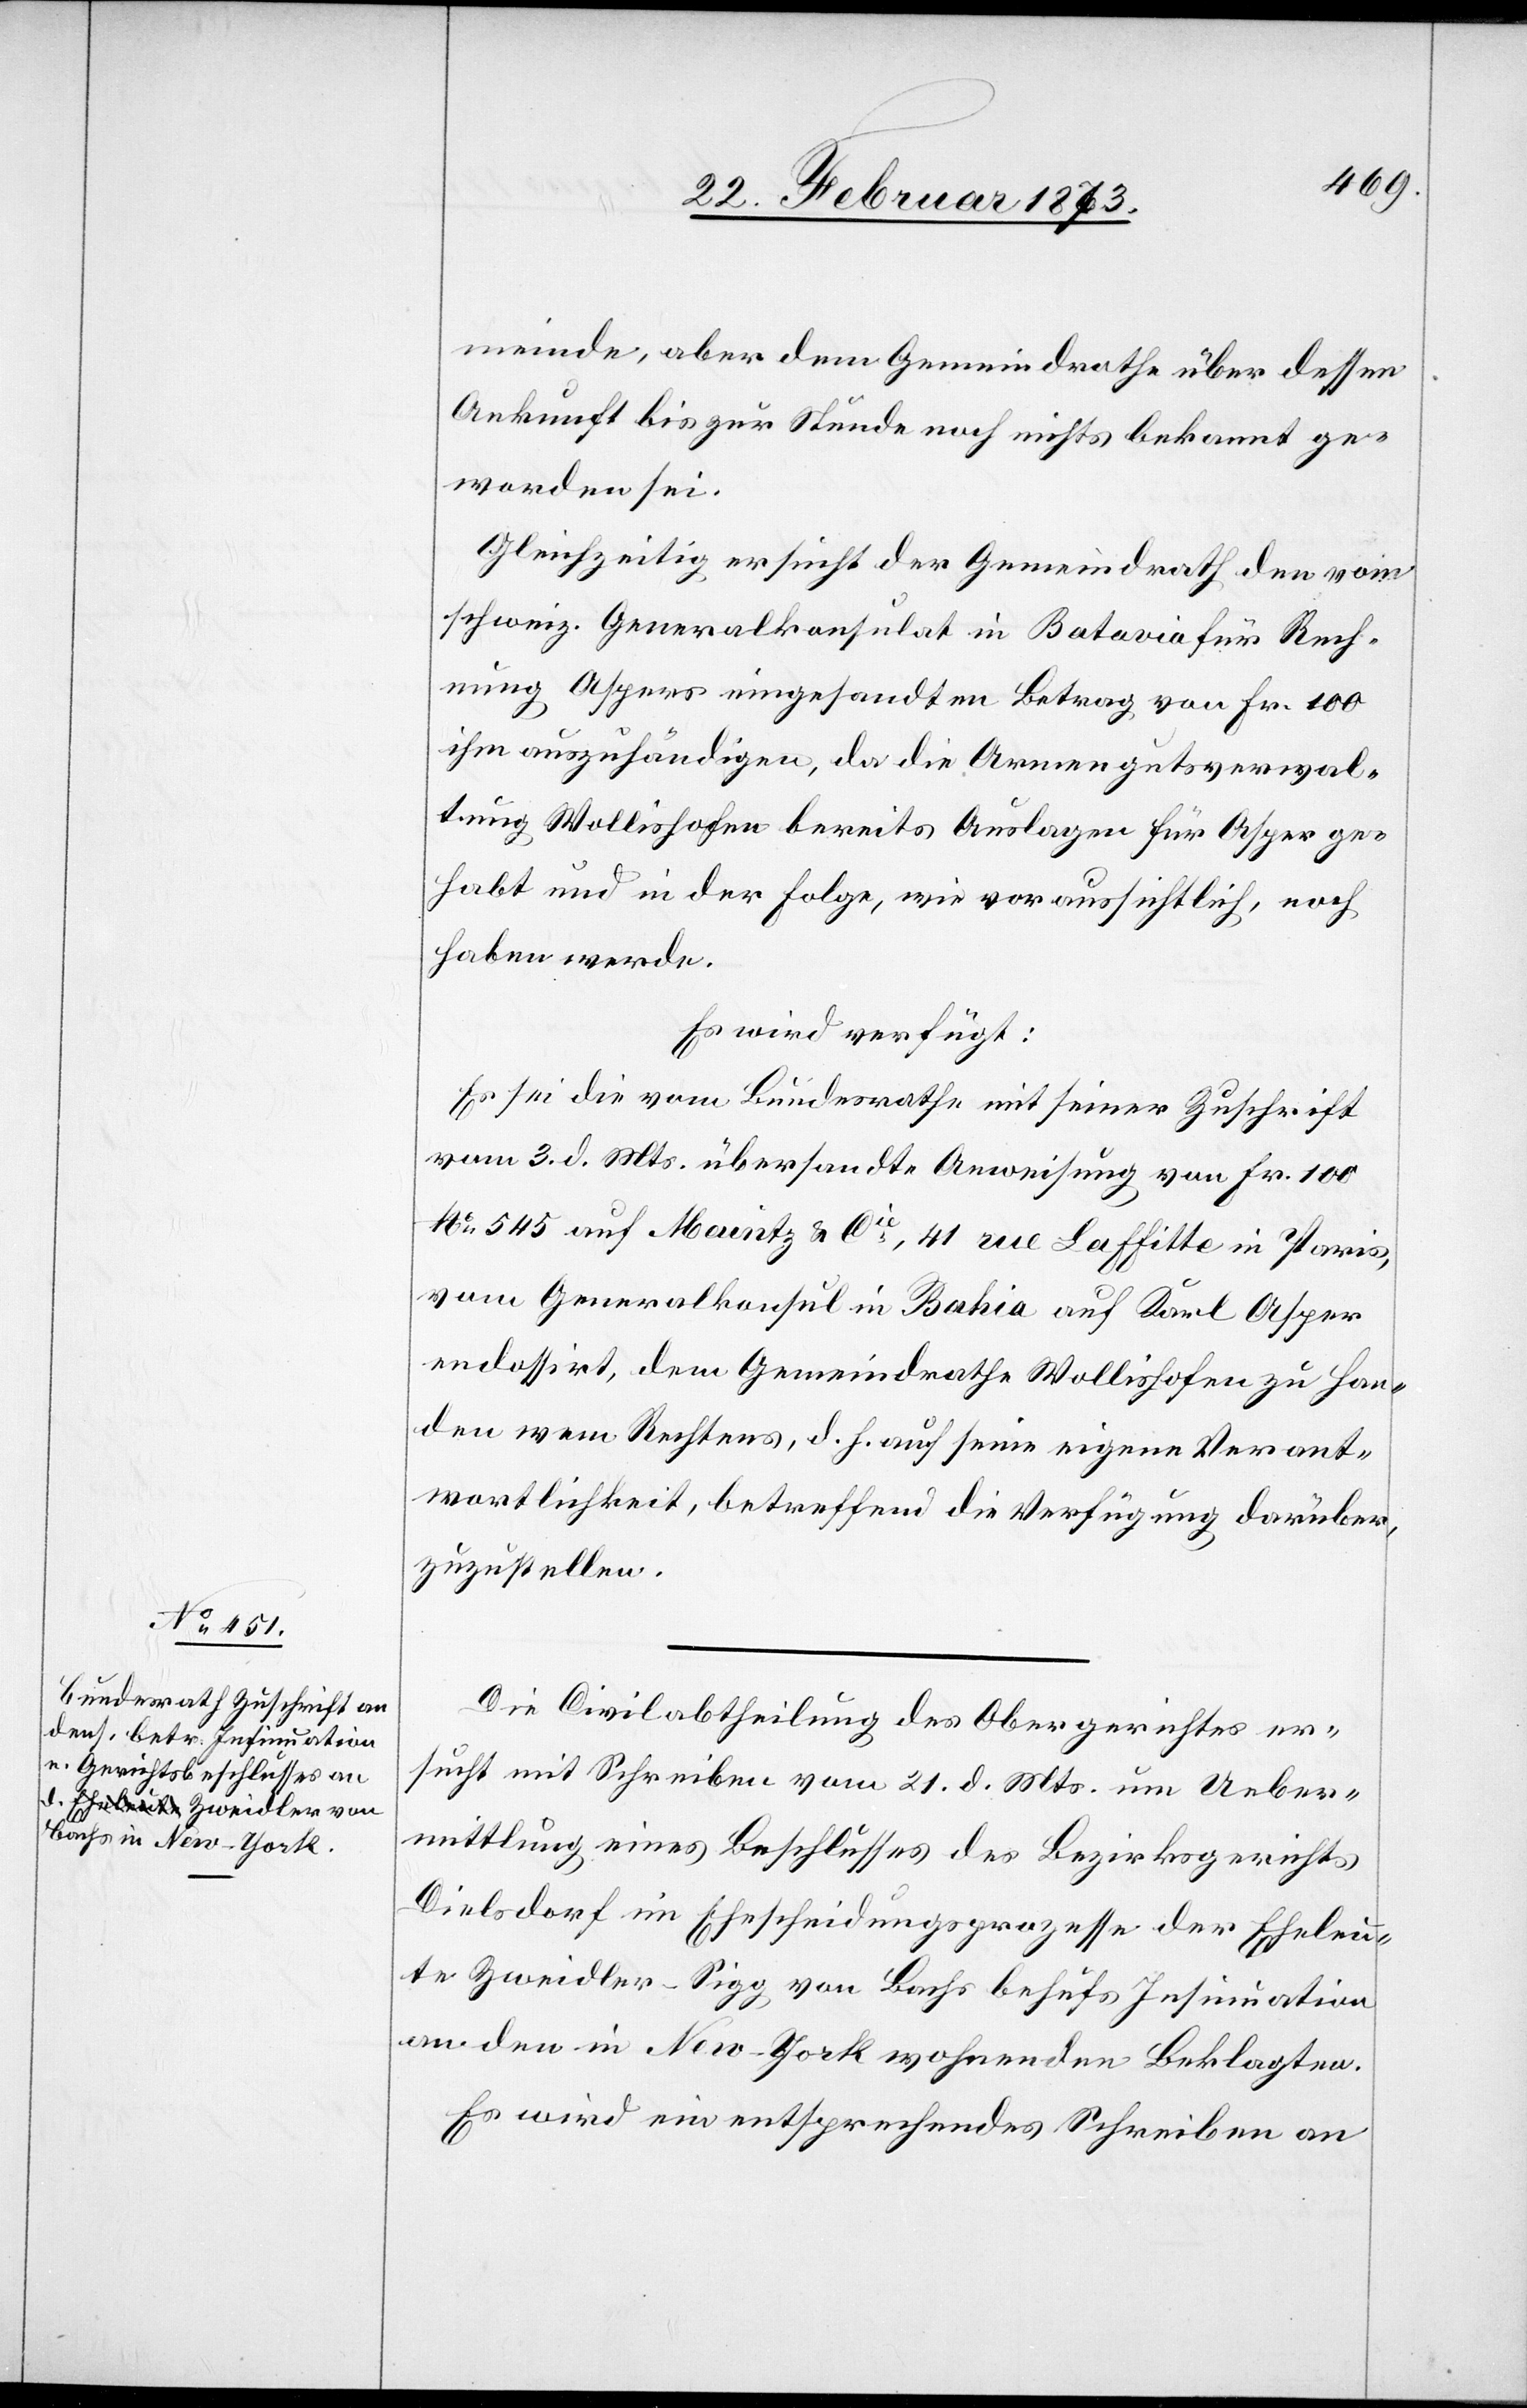
24. Februar 1873.]
meinde, aber dem Gemeindrath über dessen
Ankunft bis zur Stunde noch nichts bekannt ge¬
worden sei.
Gleichzeitig ersucht der Gemeindrath den vom
schweiz. Generalkonsulat in Batavia für Rech¬
nung Aspers eingesandten Betrag von Fr. 100
ihm auszuhändigen, da die Armengutsverwal¬
tung Wollishofen bereits Auslagen für Asper ge¬
habt und in der Folge, wie voraussichtlich, noch
haben werde.
Es wird verfügt:
Es sei die vom Bundesrathe mit seiner Zuschrift
vom 3. d. Mts. übersandte Anweisung von Fr. 100
No. 545 auf Maintz u. Cie, 41 rue Laffitte in Paris,
vom Generalkonsul in Bahia auf Karl Asper
endossirt, dem Gemeindrathe Wollishofen zu Han¬
den wem Rechtens, d. h. auf seine eigene Verant¬
wortlichkeit, betreffend die Verfügung darüber,
zuzustellen.
Die Civilabtheilung des Obergerichtes er¬
sucht mit Schreiben vom 21. d. Mts. um Ueber¬
mittlung eines Beschlusses des Bezirksgerichts
Dielsdorf im Ehescheidungsprozesse der Eheleu¬
te Zweidler-Sigg, von Bachs behufs Insinuation
an den in New-York wohnenden Beklagten.
Es wird ein entsprechendes Schreiben an